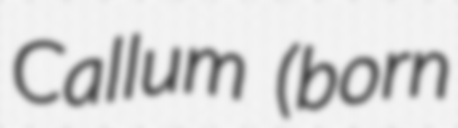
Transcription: Callum  (born